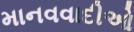
માનવવાદીઓ